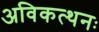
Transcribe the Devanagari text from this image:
अविकत्थनः